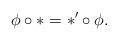
LaTeX: \begin{gather*}\phi\circ *=*'\circ \phi.\end{gather*}